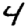
Digit: 4